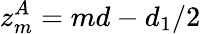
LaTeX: z_{m}^{A}=md-d_{1}/2